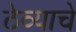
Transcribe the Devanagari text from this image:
ठेव्याचे